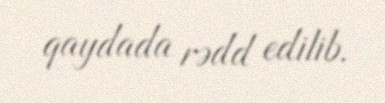
qaydada rədd edilib.